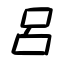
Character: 呂